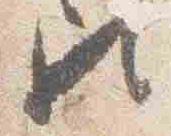
歟